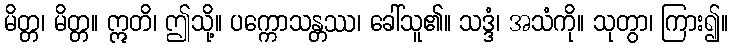
မိတ္တ၊ မိတ္တ။ ဣတိ၊ ဤသို့။ ပက္ကောသန္တဿ၊ ခေါ်သူ၏။ သဒ္ဒံ၊ အသံကို။ သုတွာ၊ ကြား၍။